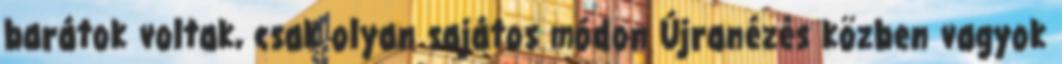
barátok voltak, csak olyan sajátos módon Újranézés közben vagyok